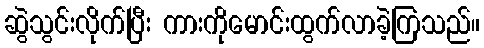
ဆွဲသွင်းလိုက်ပြီး ကားကိုမောင်းထွက်လာခဲ့ကြသည်။